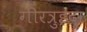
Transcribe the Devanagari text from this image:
गीरत्रुइदा